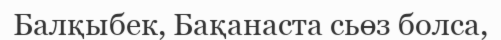
Балқыбек, Бақанаста сьөз болса,